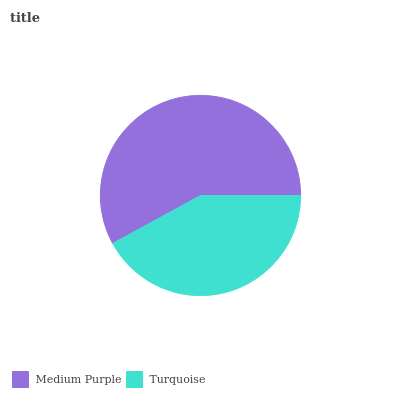
| Medium Purple | Turquoise |
 | --- | --- |
 | 58% | 42% |